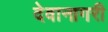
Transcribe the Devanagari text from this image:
देवानागरी